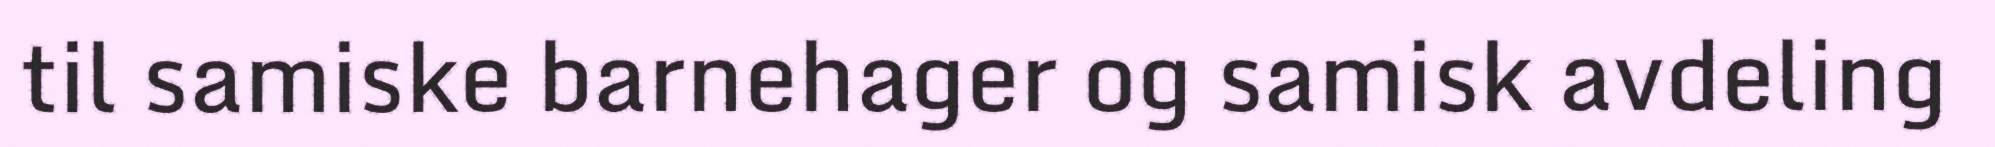
til samiske barnehager og samisk avdeling